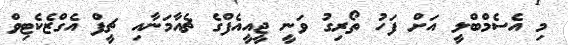
މި އެސެމްބްލީ އަށް ފަހު ތޯރިގު ވަނީ ޖީއީއެފްގެ ޗެއާމަނާއި ޗީފް އެގްޒެކެޓިވް